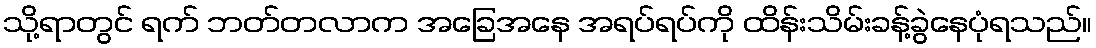
သို့ရာတွင် ရက် ဘတ်တလာက အခြေအနေ အရပ်ရပ်ကို ထိန်းသိမ်းခန့်ခွဲနေပုံရသည်။